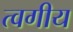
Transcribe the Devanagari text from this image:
त्वगीय